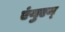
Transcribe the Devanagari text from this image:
एंयुएन्